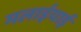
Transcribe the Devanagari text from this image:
मलाईयाई